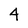
Character: 4